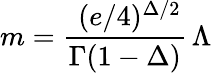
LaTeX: m={\frac{\, \, (e/4)^{\Delta/2}}{\Gamma(1-\Delta)}}\, \Lambda